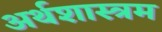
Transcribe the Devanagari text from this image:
अर्थशास्त्रम